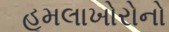
હૂમલાખોરોનો